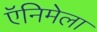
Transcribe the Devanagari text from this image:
ऍनिमेला